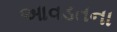
આવડતના